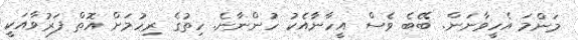
މަންމަ އެހީވާނަން. ބޭބެ ވެސް އީހާނާއެކު ހުންނާނެ. ހިތުގެ ރިހުމަށް އޮތް ފަރުވާއަކީ